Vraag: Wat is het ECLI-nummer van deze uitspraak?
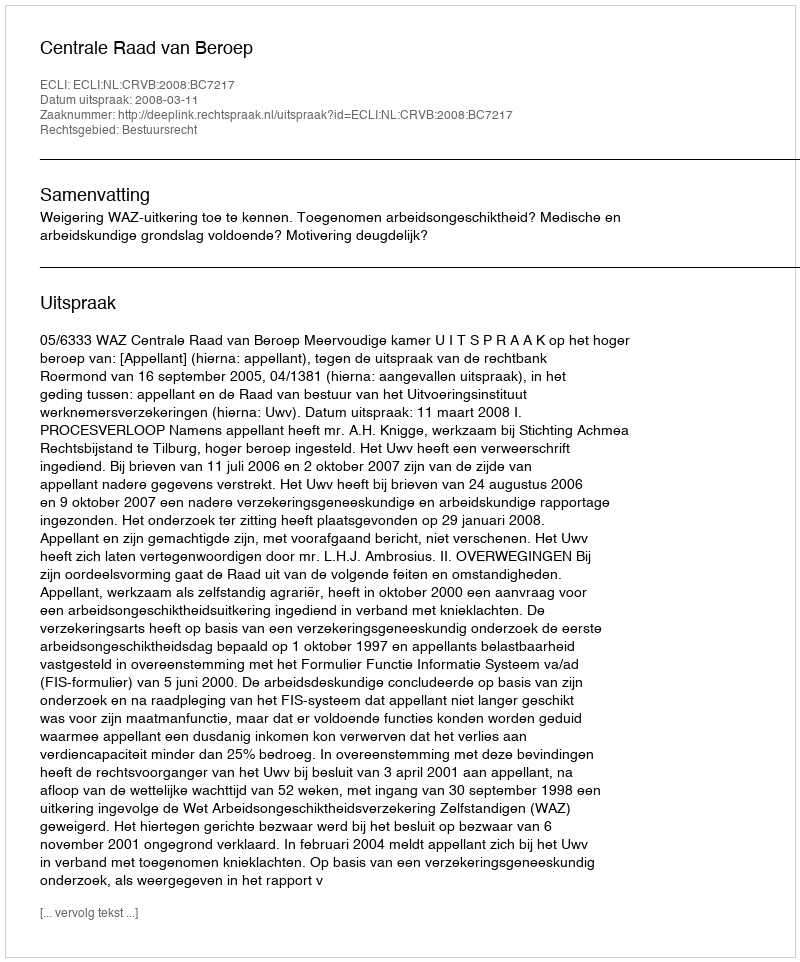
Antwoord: ECLI:NL:CRVB:2008:BC7217